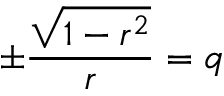
\pm \frac { \sqrt { 1 - r ^ { 2 } } } { r } = q